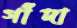
গাঁদা